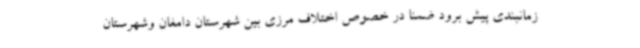
زمانبندی پیش برود ضمنا در خصوص اختلاف مرزی بین شهرستان دامغان وشهرستان